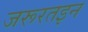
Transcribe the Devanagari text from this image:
जरूरतइन